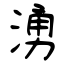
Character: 湧